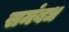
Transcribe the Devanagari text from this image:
समंबध